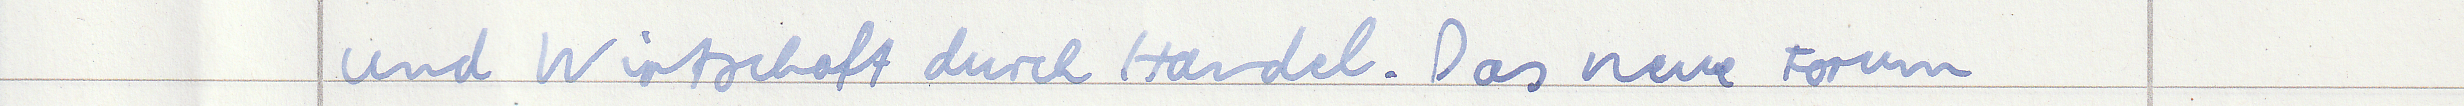
und Wirtschaft durch Handel. Das neue Forum